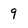
Character: 9